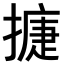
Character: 𢳿